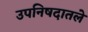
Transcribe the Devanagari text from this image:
उपनिषदातले